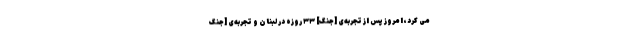
می کرد، امروز پس از تجربه‌ی [جنگ] ۳۳ روزه در لبنان و تجربه‌ی [جنگ